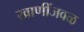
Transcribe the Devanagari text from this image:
खाणींजवळ